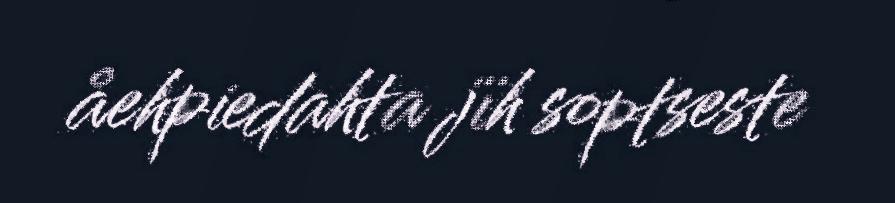
åehpiedahta jïh soptseste